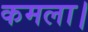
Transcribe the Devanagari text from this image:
कमला।